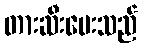
တားဆီးပေးသည်